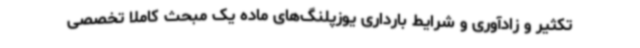
تکثیر و زادآوری و شرایط بارداری یوزپلنگ‌های ماده یک مبحث کاملاً تخصصی